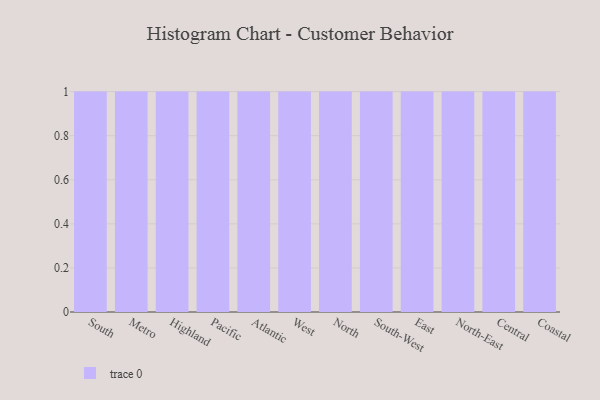
{"axis": {"x": "Region", "y": "Active Users"}, "legend": [""], "data": [{"x": "South", "y": 94, "type": ""}, {"x": "Metro", "y": 18, "type": ""}, {"x": "Highland", "y": 47, "type": ""}, {"x": "Pacific", "y": 73, "type": ""}, {"x": "Atlantic", "y": 68, "type": ""}, {"x": "West", "y": 40, "type": ""}, {"x": "North", "y": 63, "type": ""}, {"x": "South-West", "y": 70, "type": ""}, {"x": "East", "y": 58, "type": ""}, {"x": "North-East", "y": 28, "type": ""}, {"x": "Central", "y": 81, "type": ""}, {"x": "Coastal", "y": 2, "type": ""}]}